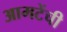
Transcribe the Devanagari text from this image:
आमटेंची